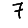
Digit: 7